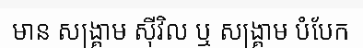
មាន សង្គ្រាម ស៊ីវិល ឬ សង្គ្រាម បំបែក